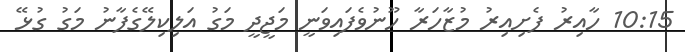
10:15 ހާއިރު ފެށިއިރު މުޒާހަރާ ހޫނުވެފައިވަނީ މަޖީދީ މަގު އަލިކިލޭގެފާނު މަގު ގުޅޭ